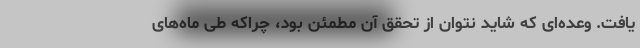
یافت. وعده‌ای که شاید نتوان از تحقق آن مطمئن بود، چراکه طی ماه‌های